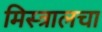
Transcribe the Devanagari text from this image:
मिस्त्रालचा